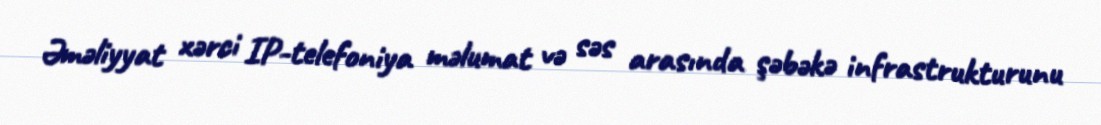
Əməliyyat xərci IP-telefoniya məlumat və səs arasında şəbəkə infrastrukturunu